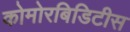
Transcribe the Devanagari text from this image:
कोमोरबिडिटीस